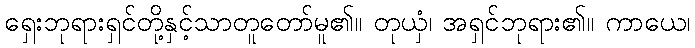
ရှေးဘုရားရှင်တို့နှင့်သာတူတော်မူ၏။ တုယှံ၊ အရှင်ဘုရား၏။ ကာယေ၊